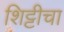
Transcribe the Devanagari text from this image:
शिट्टीचा